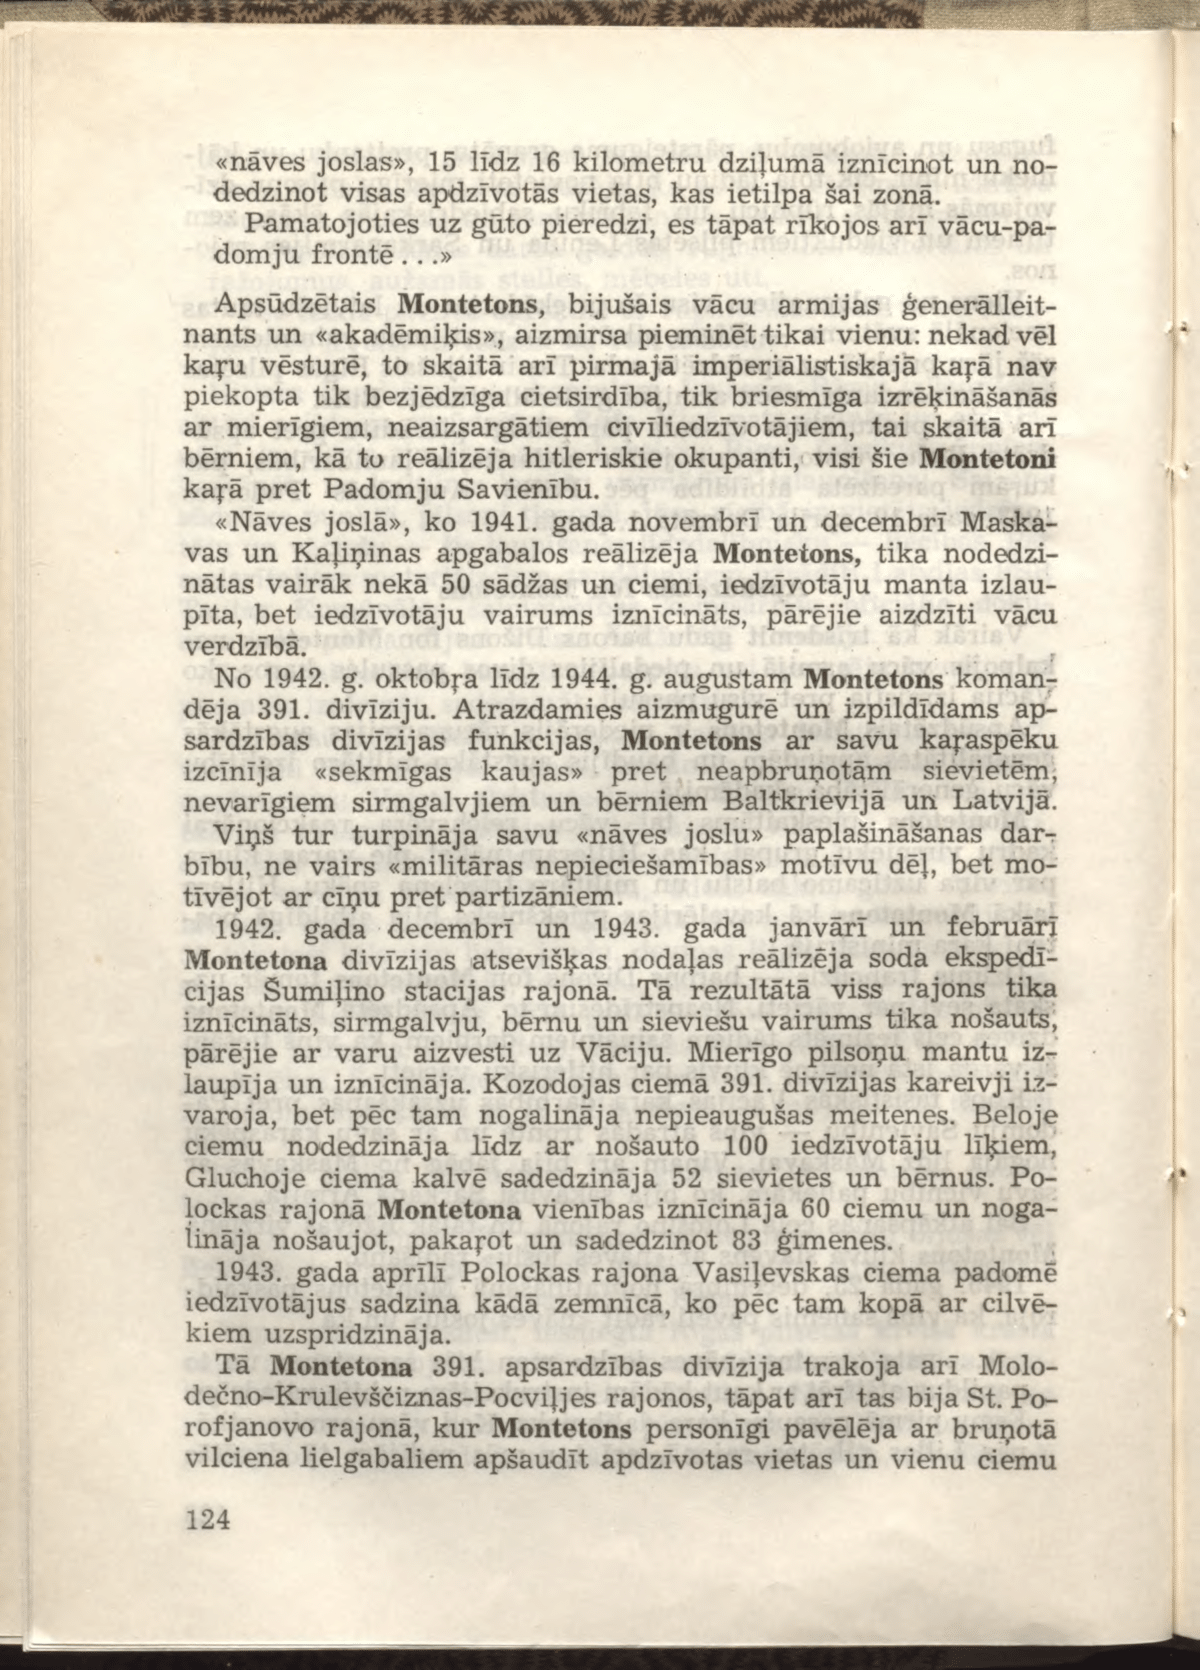
Language: lv